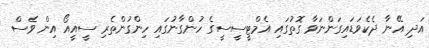
އަދި އޭނާ ދެކެވަޑައިގަންނަވާ ގޮތުގައި އެމްޓީސީސީގެ ހުންގާނުގައި ހިންގުންތެރި ސީއީއޯ އިން ވެސް